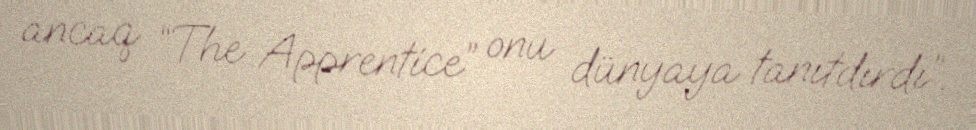
ancaq “The Apprentice” onu dünyaya tanıtdırdı”.